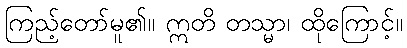
ကြည့်တော်မူ၏။ ဣတိ တသ္မာ၊ ထိုကြောင့်။